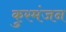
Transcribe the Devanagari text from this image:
कुरमंजन